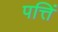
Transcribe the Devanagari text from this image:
पत्तिं